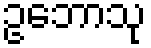
ဥဘောသု